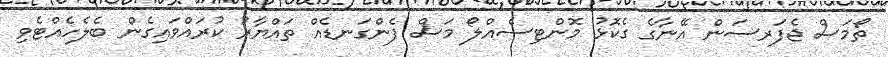
ތޯމަސް ޖެފަރސަން އޭނާގެ ގެކޮޅު މޮންޓިސެއްލޯ މަސް ފެންގަނޑެއް ތައްޔާރު ކުރައްވައިގެން ބެލެހެއްޓެވި